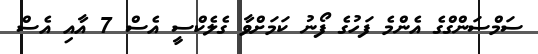
ސަމްސަންގްގެ އެންމެ ފަހުގެ ފޯނު ކަމަށްވާ ގެލެކްސީ އެސް 7 އާއި އެސް